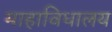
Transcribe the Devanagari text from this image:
माहाविधालय